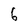
Character: 6